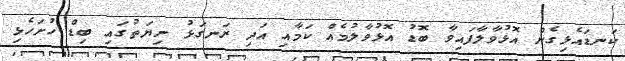
ކަނޑައެޅިގެން އޮޅުވާލާފައިވާ ބޮޑު އޮޅުވާލުމެއް ކަމާއި އަދި ރަނގަޅު ނިޔަތުގައި ބިޑް ހުށަހެޅި